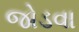
જોડવા